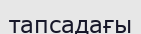
тапсадағы